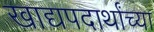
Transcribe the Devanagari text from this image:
खाद्यपदार्थांच्या